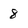
Character: 8